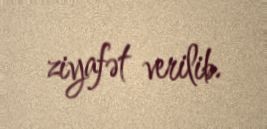
ziyafət verilib.